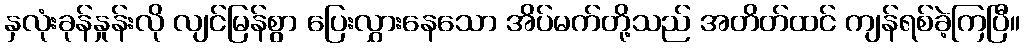
နှလုံးခုန်နှုန်းလို လျင်မြန်စွာ ပြေးလွှားနေသော အိပ်မက်တို့သည် အတိတ်ထင် ကျန်ရစ်ခဲ့ကြပြီ။